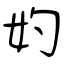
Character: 妁